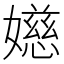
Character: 嬨